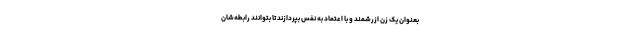
بعنوان یک زن ازرشمند و با اعتماد به نفس بپردازند تا بتوانند رابطه‌شان